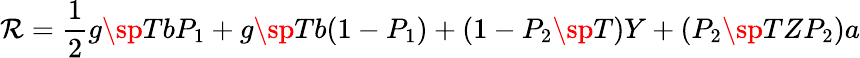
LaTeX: \mathcal{R}={\frac{{1}}{{2}}}g\sp{T}bP_{1}+g\sp{T}b(1-P_{1})+(1-P_{2}\sp{T})Y+(P_{2}\sp{T}ZP_{2})a